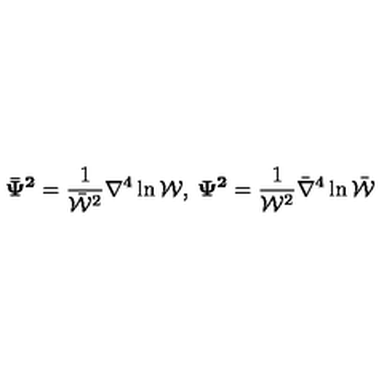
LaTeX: { \bf \bar { \Psi } ^ { 2 } } = \frac { 1 } { \bar { \cal W } ^ { 2 } } \nabla ^ { 4 } \ln { \cal W } , \: { \bf \Psi ^ { 2 } } = \frac { 1 } { { \cal W } ^ { 2 } } \bar { \nabla } ^ { 4 } \ln \bar { \cal W }